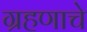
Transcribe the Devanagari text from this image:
ग्रहणाचे